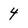
Character: 4